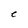
Character: C